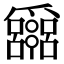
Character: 𤕈